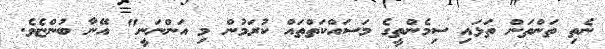
ނެތި ތަންތަން ތަޅައި ސިމެންތީގެ މަސައްކަތްތައް ކުރަމުން މި އަންނަނީ" އޭނާ ބުންޏެވެ.